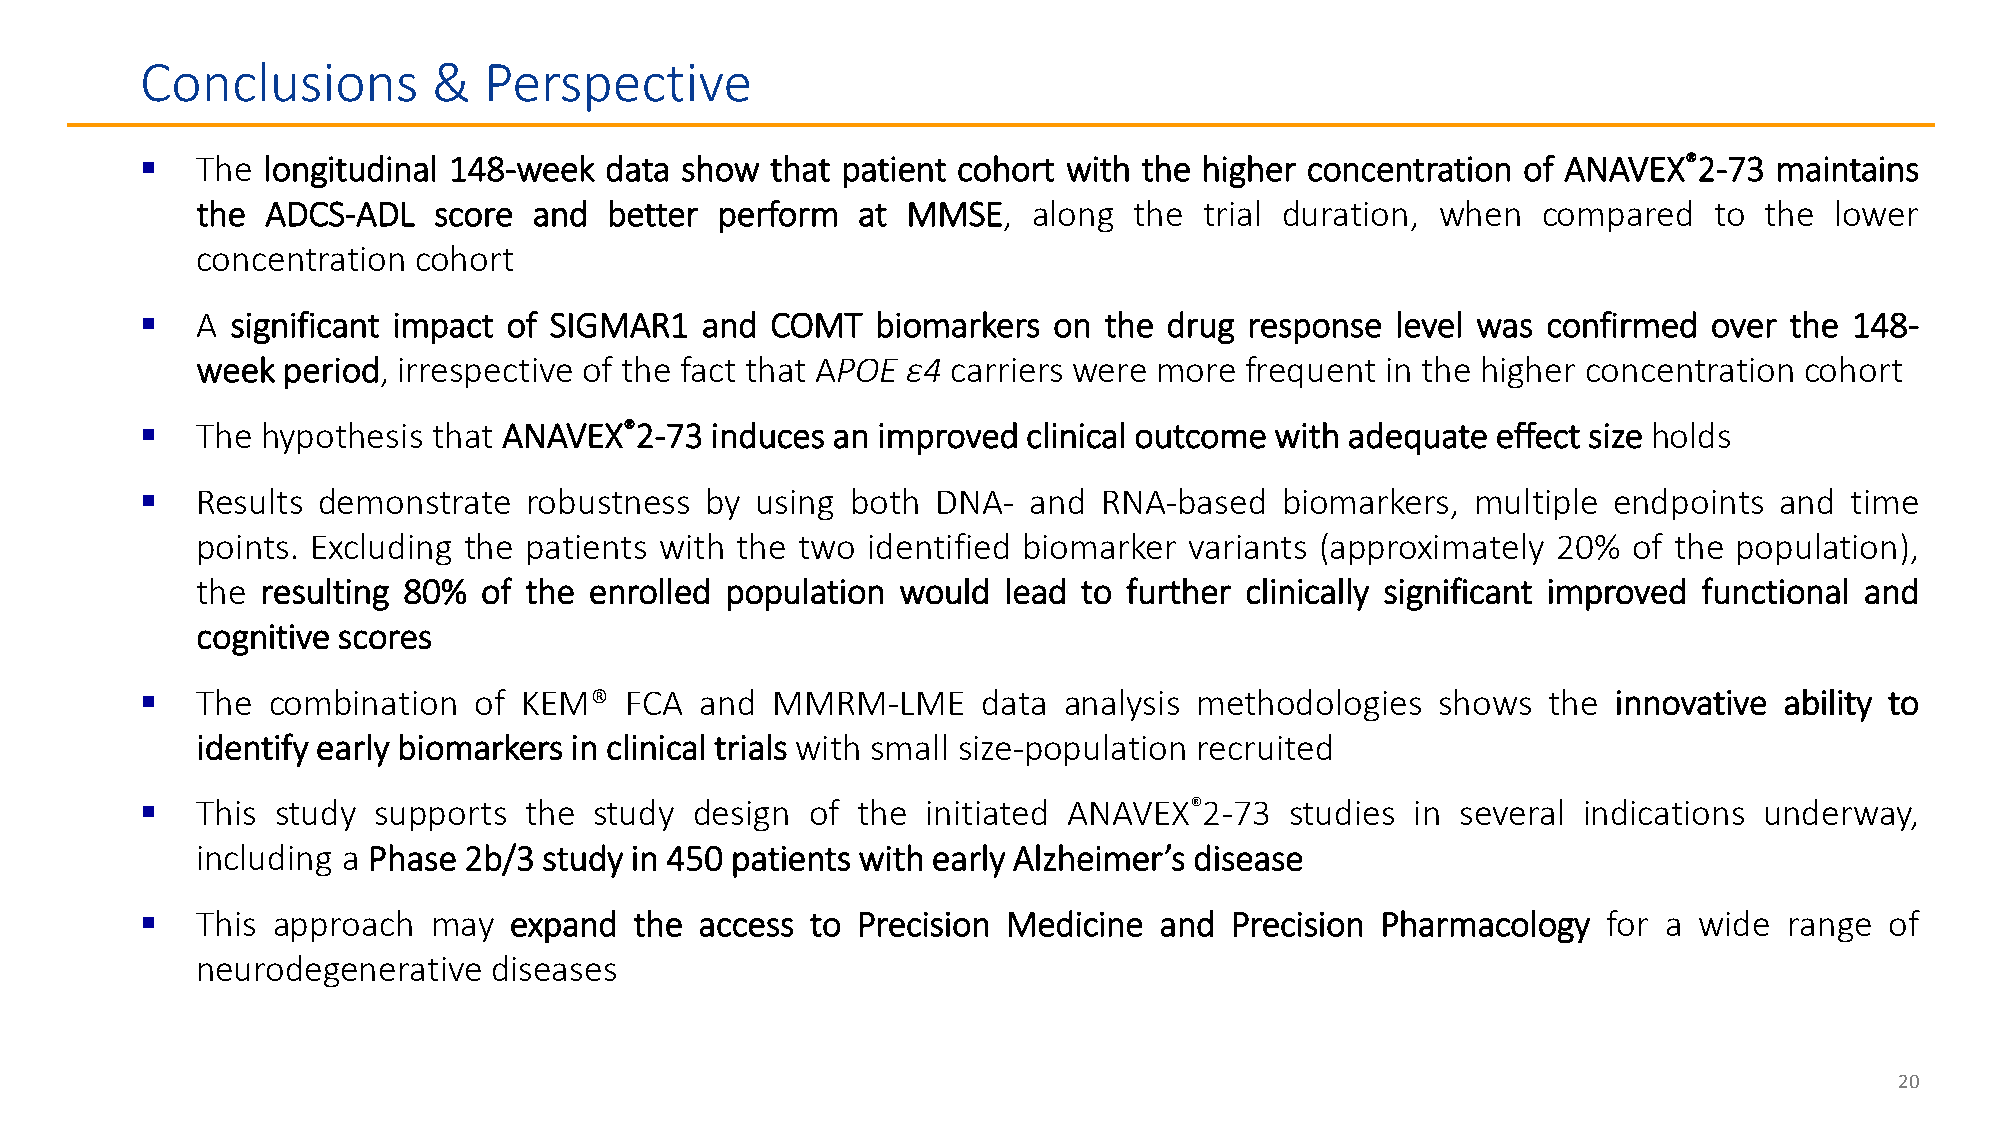
Conclusions         &  Perspective
    The longitudinal 148-week  data show  that patient cohort with the higher concentration of ANAVEX®2-73  maintains
 the  ADCS-ADL   score and  better perform   at MMSE,   along  the  trial duration, when  compared   to  the lower
 concentration cohort
    A significant impact of SIGMAR1  and  COMT   biomarkers  on the drug  response level was confirmed  over the  148-
 week  period, irrespective of the fact that APOE ε4 carriers were more frequent in the higher concentration cohort
    The hypothesis  that ANAVEX®2-73  induces an improved  clinical outcome with adequate effect size holds
    Results demonstrate   robustness  by using both  DNA-  and  RNA-based   biomarkers,  multiple endpoints  and time
 points. Excluding the patients with the two identified biomarker  variants (approximately 20%  of the population),
 the resulting 80%  of the enrolled population  would lead  to further clinically significant improved functional and
 cognitive scores
    The  combination  of KEM®   FCA  and  MMRM-LME      data analysis methodologies   shows  the  innovative ability to
 identify early biomarkers in clinical trials with small size-population recruited
    This study  supports  the study  design  of the initiated ANAVEX®2-73   studies  in several indications underway,
 including a Phase 2b/3 study in 450 patients with early Alzheimer’s disease
    This approach   may  expand  the access  to Precision Medicine  and Precision Pharmacology   for a wide  range  of
 neurodegenerative   diseases
 20